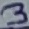
Text: 3